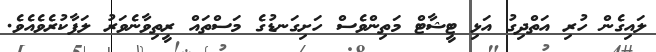
ލައިގެން ހުރި އަތްދިގު އަޅި ޓީޝާޓް މަތިންވެސް ހަށިގަނޑުގެ މަސްތައް ރީތިވާނެވަރު ލަފާކުރެވެއެވެ.